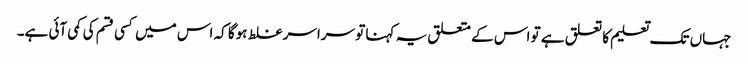
جہاں تک تعلیم کا تعلق ہے تو اس کے متعلق یہ کہنا تو سراسر غلط ہوگا کہ اس میں کسی قسم کی کمی آئی ہے۔